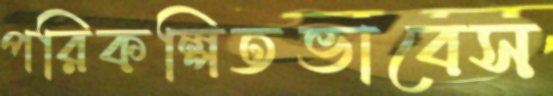
পরিকল্পিতভাবেস